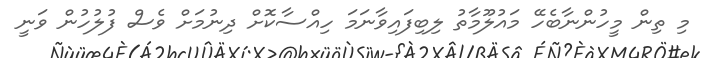
މި ތިން މީހުންނާބެހޭ މައުލޫމާތު ލިބިފައިވާނަމަ ހިއްސާކޮށް ދިނުމަށް ވެސް ފުލުހުން ވަނީ